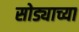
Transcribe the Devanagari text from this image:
सोड्याच्या